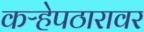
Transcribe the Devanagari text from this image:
कऱ्हेपठारावर